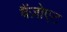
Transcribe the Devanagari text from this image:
बैंज़ोएट